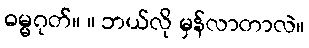
ဓမ္မဂုတ်။ ။ ဘယ်လို မှန်လာတာလဲ။